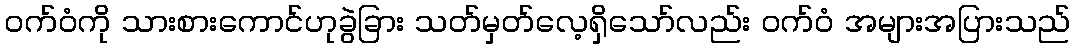
ဝက်ဝံကို သားစားကောင်ဟုခွဲခြား သတ်မှတ်လေ့ရှိသော်လည်း ဝက်ဝံ အများအပြားသည်